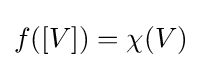
f([V])=\chi (V)